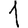
Digit: 1